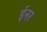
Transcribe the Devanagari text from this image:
ईनर